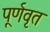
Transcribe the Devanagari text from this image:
पूर्णवृत